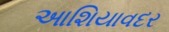
આશિયાવદર